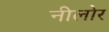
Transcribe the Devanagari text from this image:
नीलोर